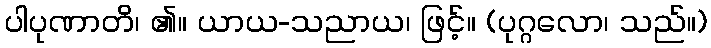
ပါပုဏာတိ၊ ၏။ ယာယ-သညာယ၊ ဖြင့်။ (ပုဂ္ဂလော၊ သည်။)